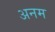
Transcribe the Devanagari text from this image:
अनम